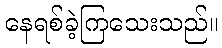
နေရစ်ခဲ့ကြသေးသည်။